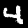
Label: 4